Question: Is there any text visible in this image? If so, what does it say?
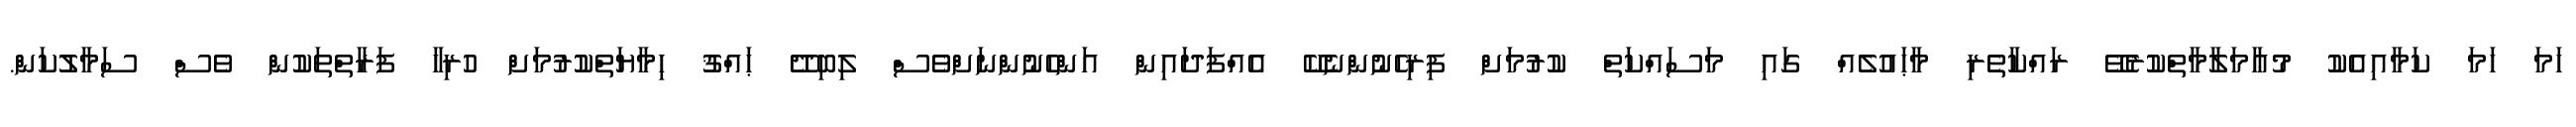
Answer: ހަމަ ހަމަ ކަމާއިއެކު މުޢާމަލާމާތްކުރެވޭ ރައްކާތެރި މާޙައުލެއް ގައި މަސައްކަތް ކުރުމަށް ފިރިހެނުންނެކޭ އެއްފަދައިން އަންހެނުންނަށްވެސް ލިބިދޭ ޙައްޤު ހިމާޔަތްކުރުމަށް ހުރިހާ ފަރާތްތަކުން ވެސް ސަމާލުކަން.